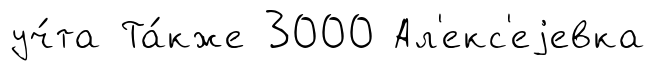
уч́та Та́кже 3000 Ал'екс'еjевка